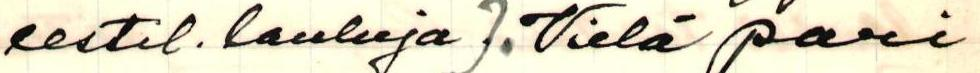
eestil. lauluja). Vielä pari